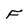
Character: F